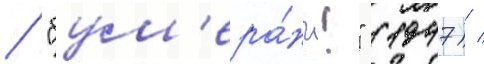
/ "бум'ера́нг!" (1947) /